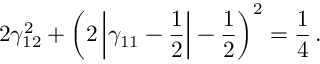
2 \gamma _ { 1 2 } ^ { 2 } + \left( 2 \left\vert \gamma _ { 1 1 } - \frac { 1 } { 2 } \right\vert - \frac { 1 } { 2 } \right) ^ { 2 } = \frac { 1 } { 4 } \, .